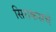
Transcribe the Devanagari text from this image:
सिराकसचे